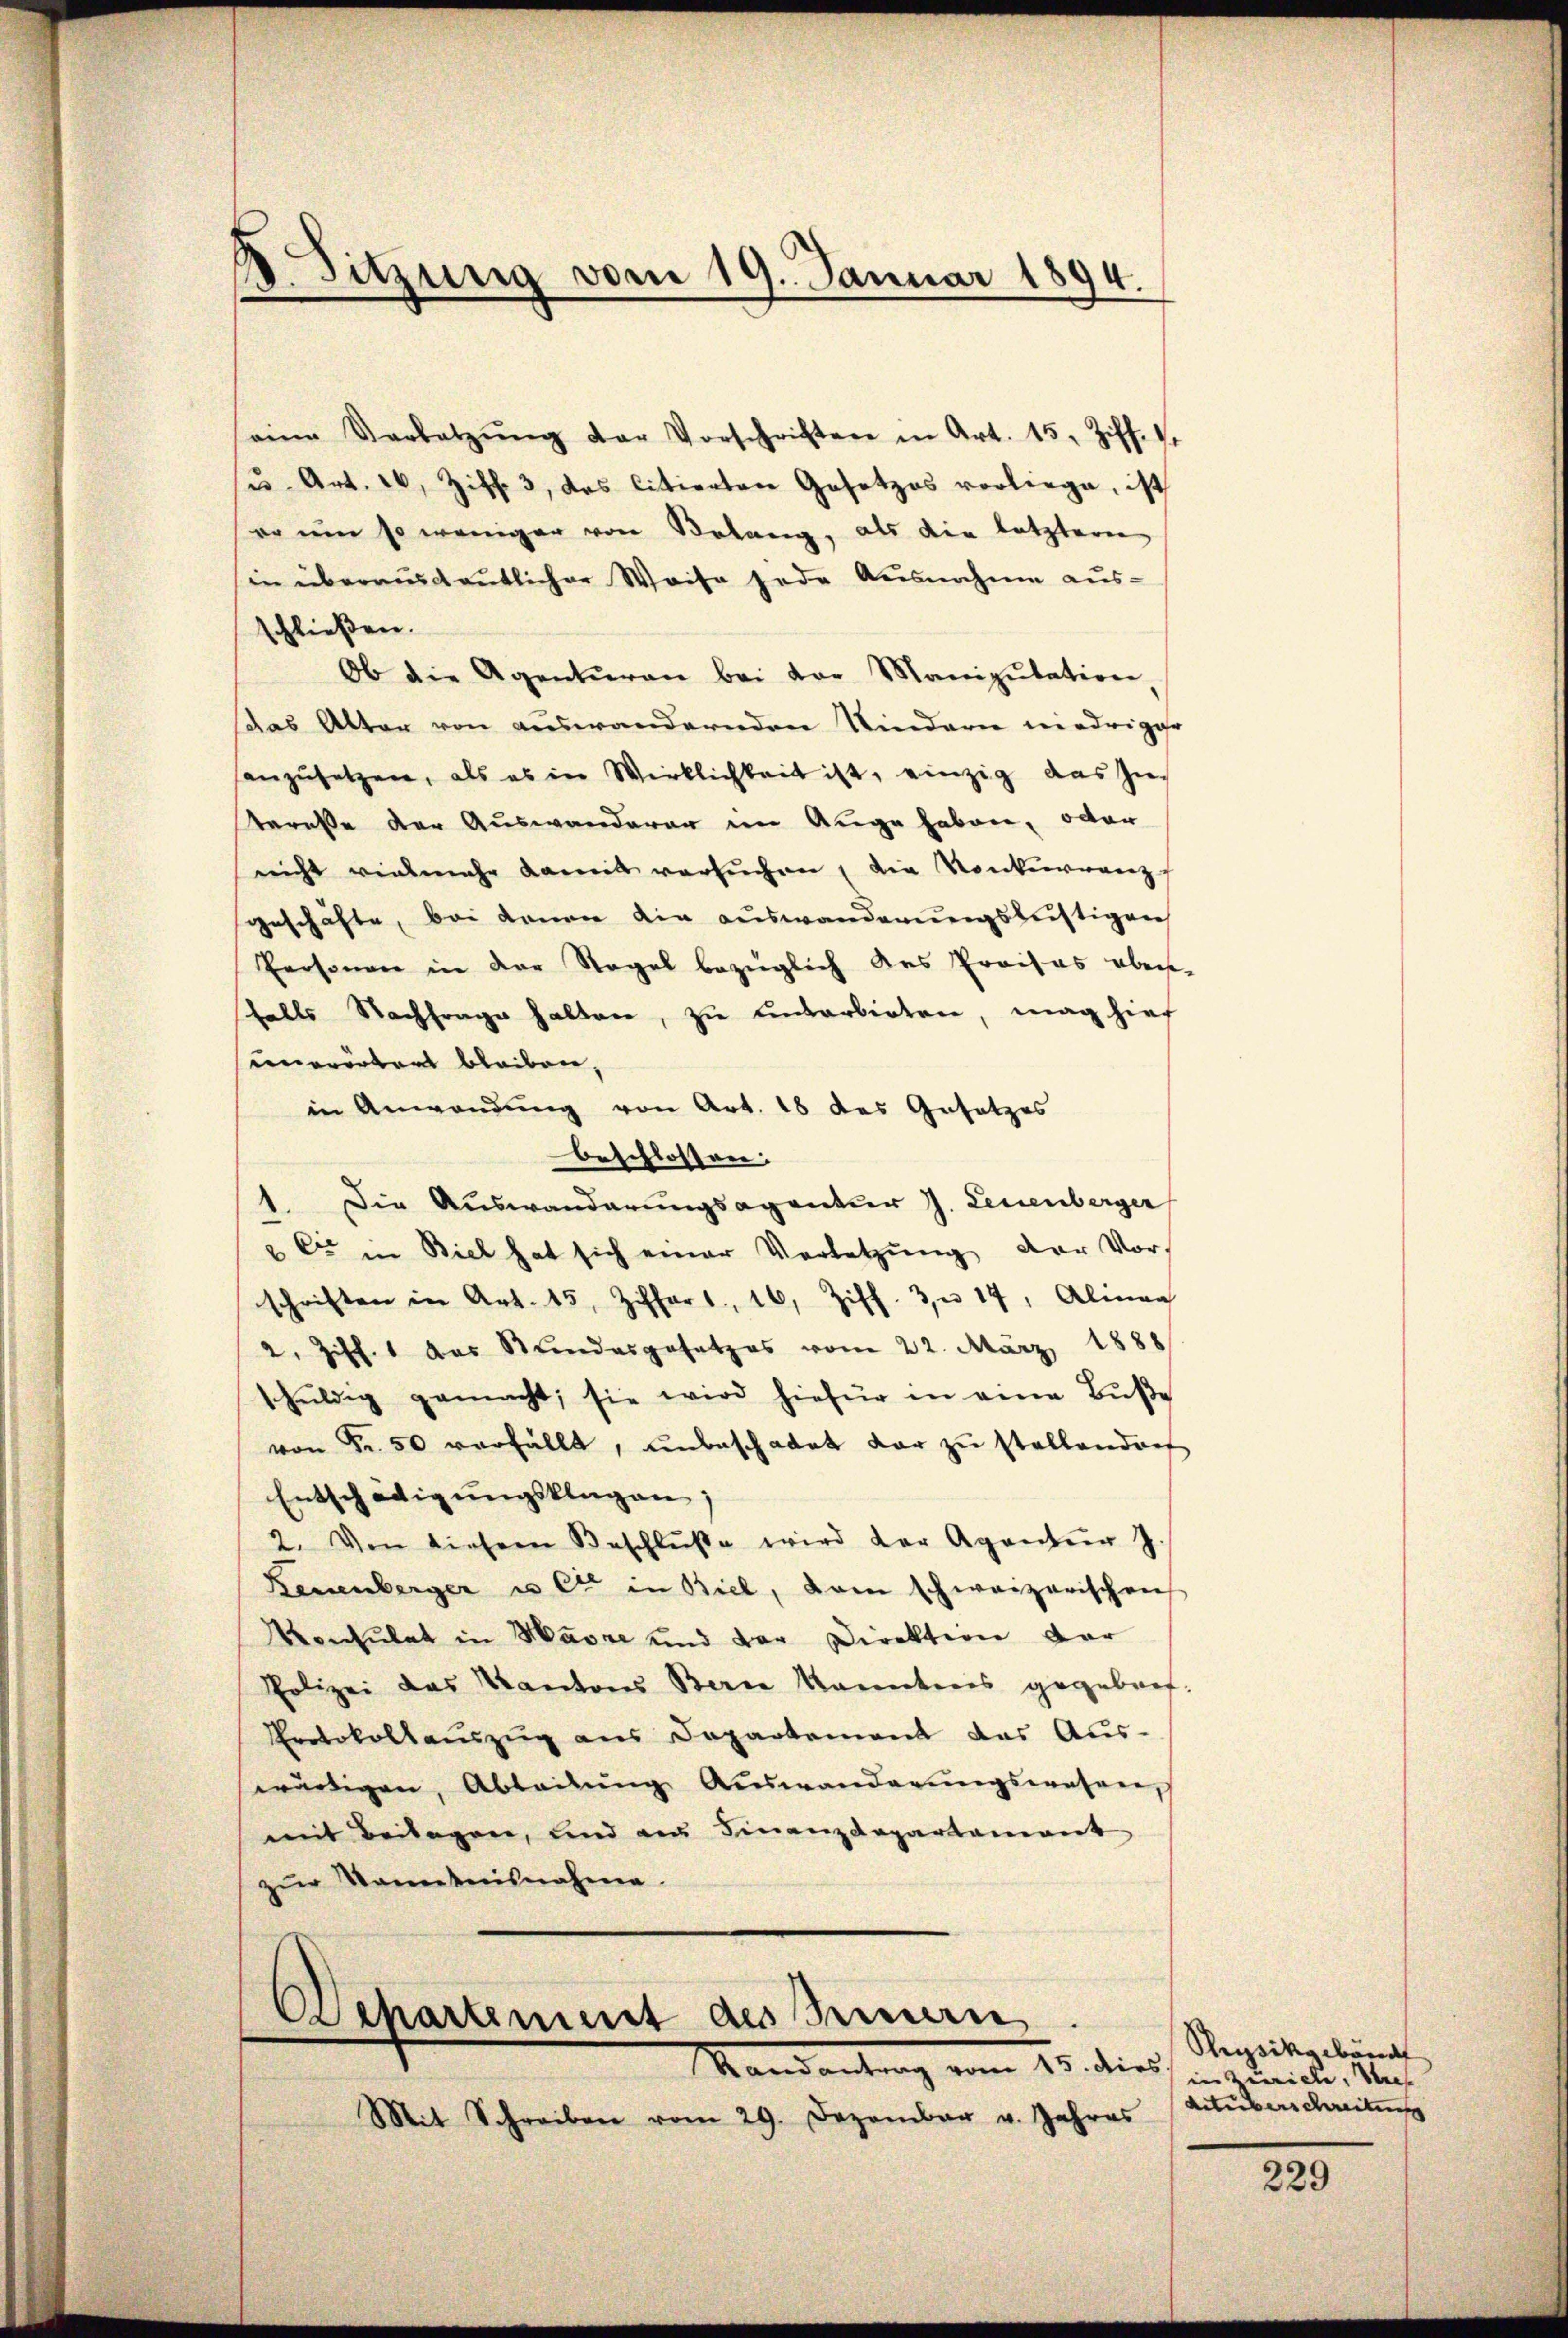
d
Sitzung vom 19. Januar 1894.

eine Verletzŭng der Vorschriften in Art. 15, Ziff. I.
u. Art. 26, Ziff. 3, das litierten Gesetzes vorliege, ist
er um so weniger von Belang, als die letzteren
in überauscheutlicher Weise jede Ausnahme aus-
schließen.
Ob die Agenturen bei der Manipulation,
das Alter von auswandernden Kindern niedriger
anzŭsetzen, als es in Wirklichkeit ist, einzig das Zutereße der Auswanderar im Auge haben, oder
nicht vielmehr damit versŭchen, die Konkurrenz
geschäfte, bei denen die auswanderungslistigen
Personen in der Regel bezüglich das Preises aber
falls Nachfrage halten, zu undarbieten, mag hier
unerörters bleiben,
in Anwendung von Art. 18 des Gesetzes
beschlossen.
Die Auswanderungsagantier J. Leuenberger
.
 C in Biel hat sich einer Verletzŭng der Vorschriften in Art. 15, Ziffers, 16, Ziff. 3 u 14, Alinag
2, Ziff. 1 das Stundesgesetzes vom 22. März 1888
schŭldig gemacht; sie wird hiefür in eine Bŭβe
von Fr. 50 verfällt, unbeschadet dar zu stellenden
Entschädigungsklagen:
2. Von diesem Beschlŭβe wird der Agentur J.
Reuenberger u. et in Biel, kam schweizerischen
Konsulat in Marre und der Direktion der
Polizei das Kantons Bern kanntnis gegebref-
Protokolaŭszŭg ans Departement das Aŭs-
würdigen, Abteilŭng Auswanderŭngswesen,
mit Beilagen, und ain Finanzdepartamant
zur Kometnisnahme.
Departement des Innern.
Mandantung vom 15. dies Beile, den
Mit Schreiben vom 29. Dezember v. Jahres

Shysikgebäud
Kueberschreitung

229